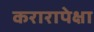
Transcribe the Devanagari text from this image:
करारापेक्षा